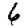
Digit: 6